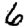
Digit: 6